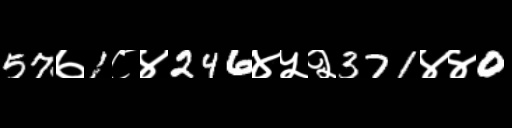
Text: 57७1८४246४५२371४४0